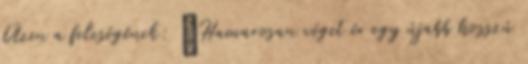
Üzen a feleségének: „Hamarosan véget ér egy újabb hosszú